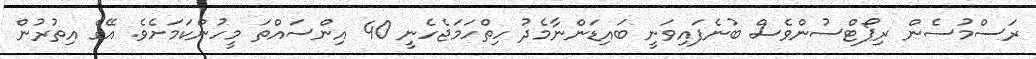
ރަސްމުސެން ރިޕޯޓްސުންވެސް ބުނެފައިވަނީ ބައިޑަންނާމެދު ހިތްހަމަޖެހެނީ 40 އިންސައްތަ މީހުންކަމަށެވެ. އޭގެ އިތުރުން